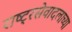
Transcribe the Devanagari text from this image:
राष्ट्रसेवादलाच्या